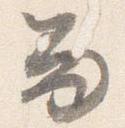
留